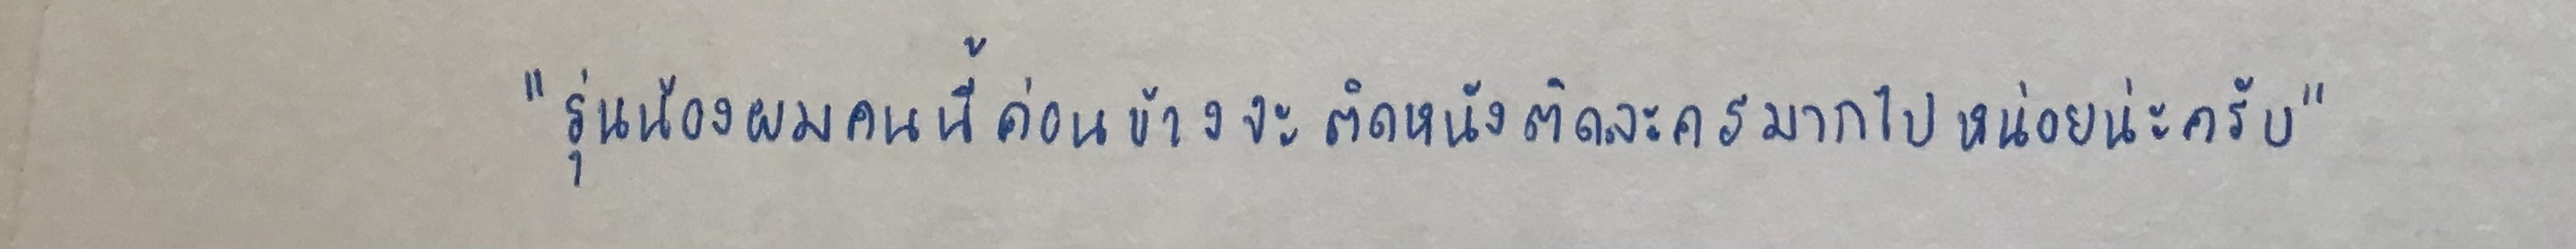
"รุ่นน้องผมคนนี้ค่อนข้างจะติดหนังติดละครมากไปหน่อยน่ะครับ"